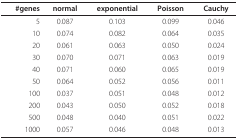
<table><thead><tr><td><b>#genes</b></td><td><b>normal</b></td><td><b>exponential</b></td><td><b>Poisson</b></td><td><b>Cauchy</b></td></tr></thead><tbody><tr><td>5</td><td>0.087</td><td>0.103</td><td>0.099</td><td>0.046</td></tr><tr><td>10</td><td>0.074</td><td>0.082</td><td>0.064</td><td>0.035</td></tr><tr><td>20</td><td>0.061</td><td>0.063</td><td>0.050</td><td>0.024</td></tr><tr><td>30</td><td>0.070</td><td>0.071</td><td>0.063</td><td>0.019</td></tr><tr><td>40</td><td>0.071</td><td>0.060</td><td>0.065</td><td>0.019</td></tr><tr><td>50</td><td>0.064</td><td>0.052</td><td>0.056</td><td>0.011</td></tr><tr><td>100</td><td>0.037</td><td>0.051</td><td>0.048</td><td>0.012</td></tr><tr><td>200</td><td>0.043</td><td>0.050</td><td>0.052</td><td>0.018</td></tr><tr><td>500</td><td>0.048</td><td>0.040</td><td>0.051</td><td>0.022</td></tr><tr><td>1000</td><td>0.057</td><td>0.046</td><td>0.048</td><td>0.013</td></tr></tbody></table>